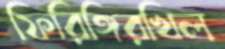
ফিরিঙ্গিরখিল